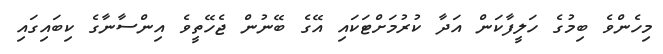
މިހެންވެ ބިމުގެ ހަލީފާކަން އަދާ ކުރުމަށްޓަކައި އޭގެ ބޭނުން ޖެހޭތީވެ އިންސާނާގެ ކިބައިގައި